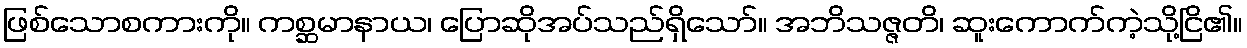
ဖြစ်သောစကားကို။ ကစ္ဆမာနာယ၊ ပြောဆိုအပ်သည်ရှိသော်။ အဘိသဇ္ဇတိ၊ ဆူးကောက်ကဲ့သို့ငြိ၏။